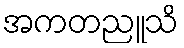
အကတညူသိ